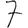
Digit: 7